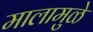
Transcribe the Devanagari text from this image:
मालामुळे